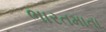
ભારતમાતા